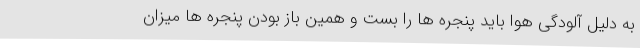
به دلیل آلودگی هوا باید پنجره ها را بست و همین باز بودن پنجره ها میزان